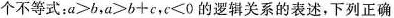
个不等式：$$a > b$$，$$a > b + c$$，$$c ＜ 0$$的逻辑关系的表述，下列正确的